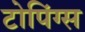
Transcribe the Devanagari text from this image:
टोपिंग्स